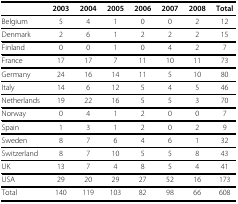
|  | 2003 | 2004 | 2005 | 2006 | 2007 | 2008 | Total |
 | --- | --- | --- | --- | --- | --- | --- | --- |
 | Belgium | 5 | 4 | 1 | 0 | 0 | 2 | 12 |
 | Denmark | 2 | 6 | 1 | 2 | 2 | 2 | 15 |
 | Finland | 0 | 0 | 1 | 0 | 4 | 2 | 7 |
 | France | 17 | 17 | 7 | 11 | 10 | 11 | 73 |
 | Germany | 24 | 16 | 14 | 11 | 5 | 10 | 80 |
 | Italy | 14 | 6 | 12 | 5 | 4 | 5 | 46 |
 | Netherlands | 19 | 22 | 16 | 5 | 5 | 3 | 70 |
 | Norway | 0 | 4 | 1 | 2 | 0 | 0 | 7 |
 | Spain | 1 | 3 | 1 | 2 | 0 | 2 | 9 |
 | Sweden | 8 | 7 | 6 | 4 | 6 | 1 | 32 |
 | Switzerland | 8 | 7 | 10 | 5 | 5 | 8 | 43 |
 | UK | 13 | 7 | 4 | 8 | 5 | 4 | 41 |
 | USA | 29 | 20 | 29 | 27 | 52 | 16 | 173 |
 | Total | 140 | 119 | 103 | 82 | 98 | 66 | 608 |